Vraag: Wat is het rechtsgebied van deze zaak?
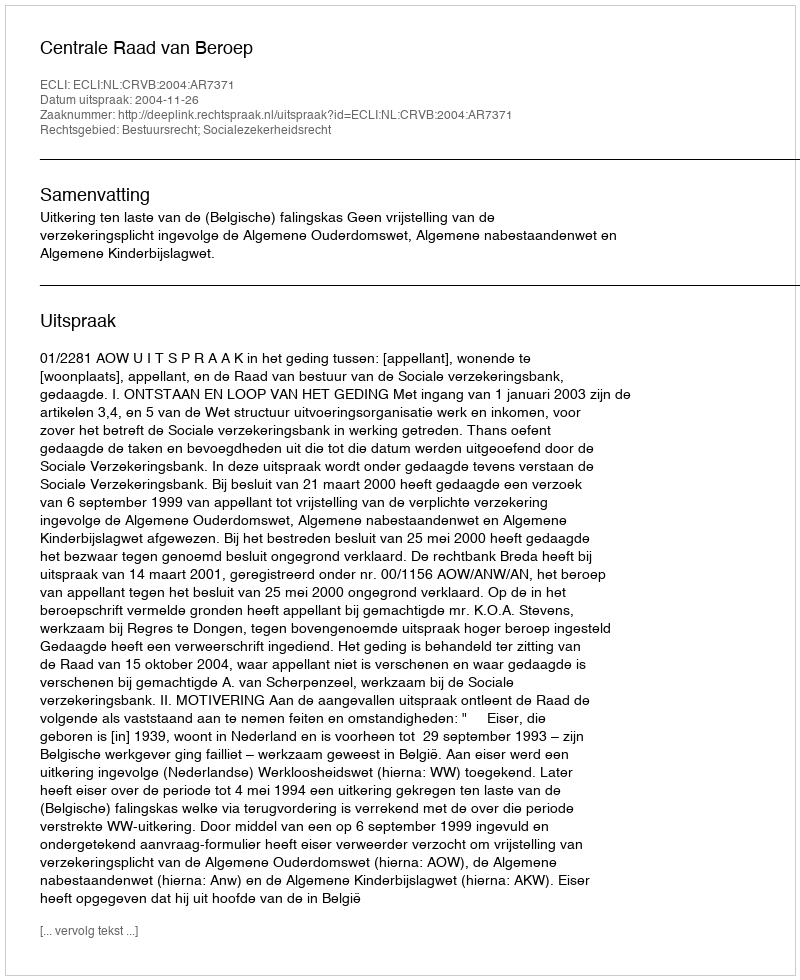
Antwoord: Bestuursrecht; Socialezekerheidsrecht